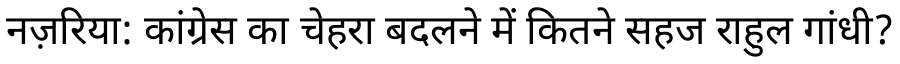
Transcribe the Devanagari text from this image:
नज़रिया: कांग्रेस का चेहरा बदलने में कितने सहज राहुल गांधी?